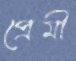
প্রেমী